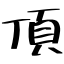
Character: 頂